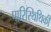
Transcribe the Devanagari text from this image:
पारिस्थिथिकी